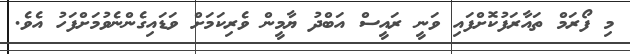
މި ފޯރަމް ތައާރަފުކޮށްފައި ވަނީ ރައީސް އަބްދު ޔާމީން ވެރިކަމަށް ވަޑައިގެންނެވުމަށްފަހު އެވެ.